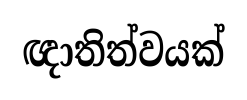
ඥාතිත්වයක්